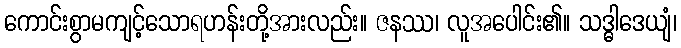
ကောင်းစွာမကျင့်သောရဟန်းတို့အားလည်း။ ဇနဿ၊ လူအပေါင်း၏။ သဒ္ဓါဒေယျံ၊